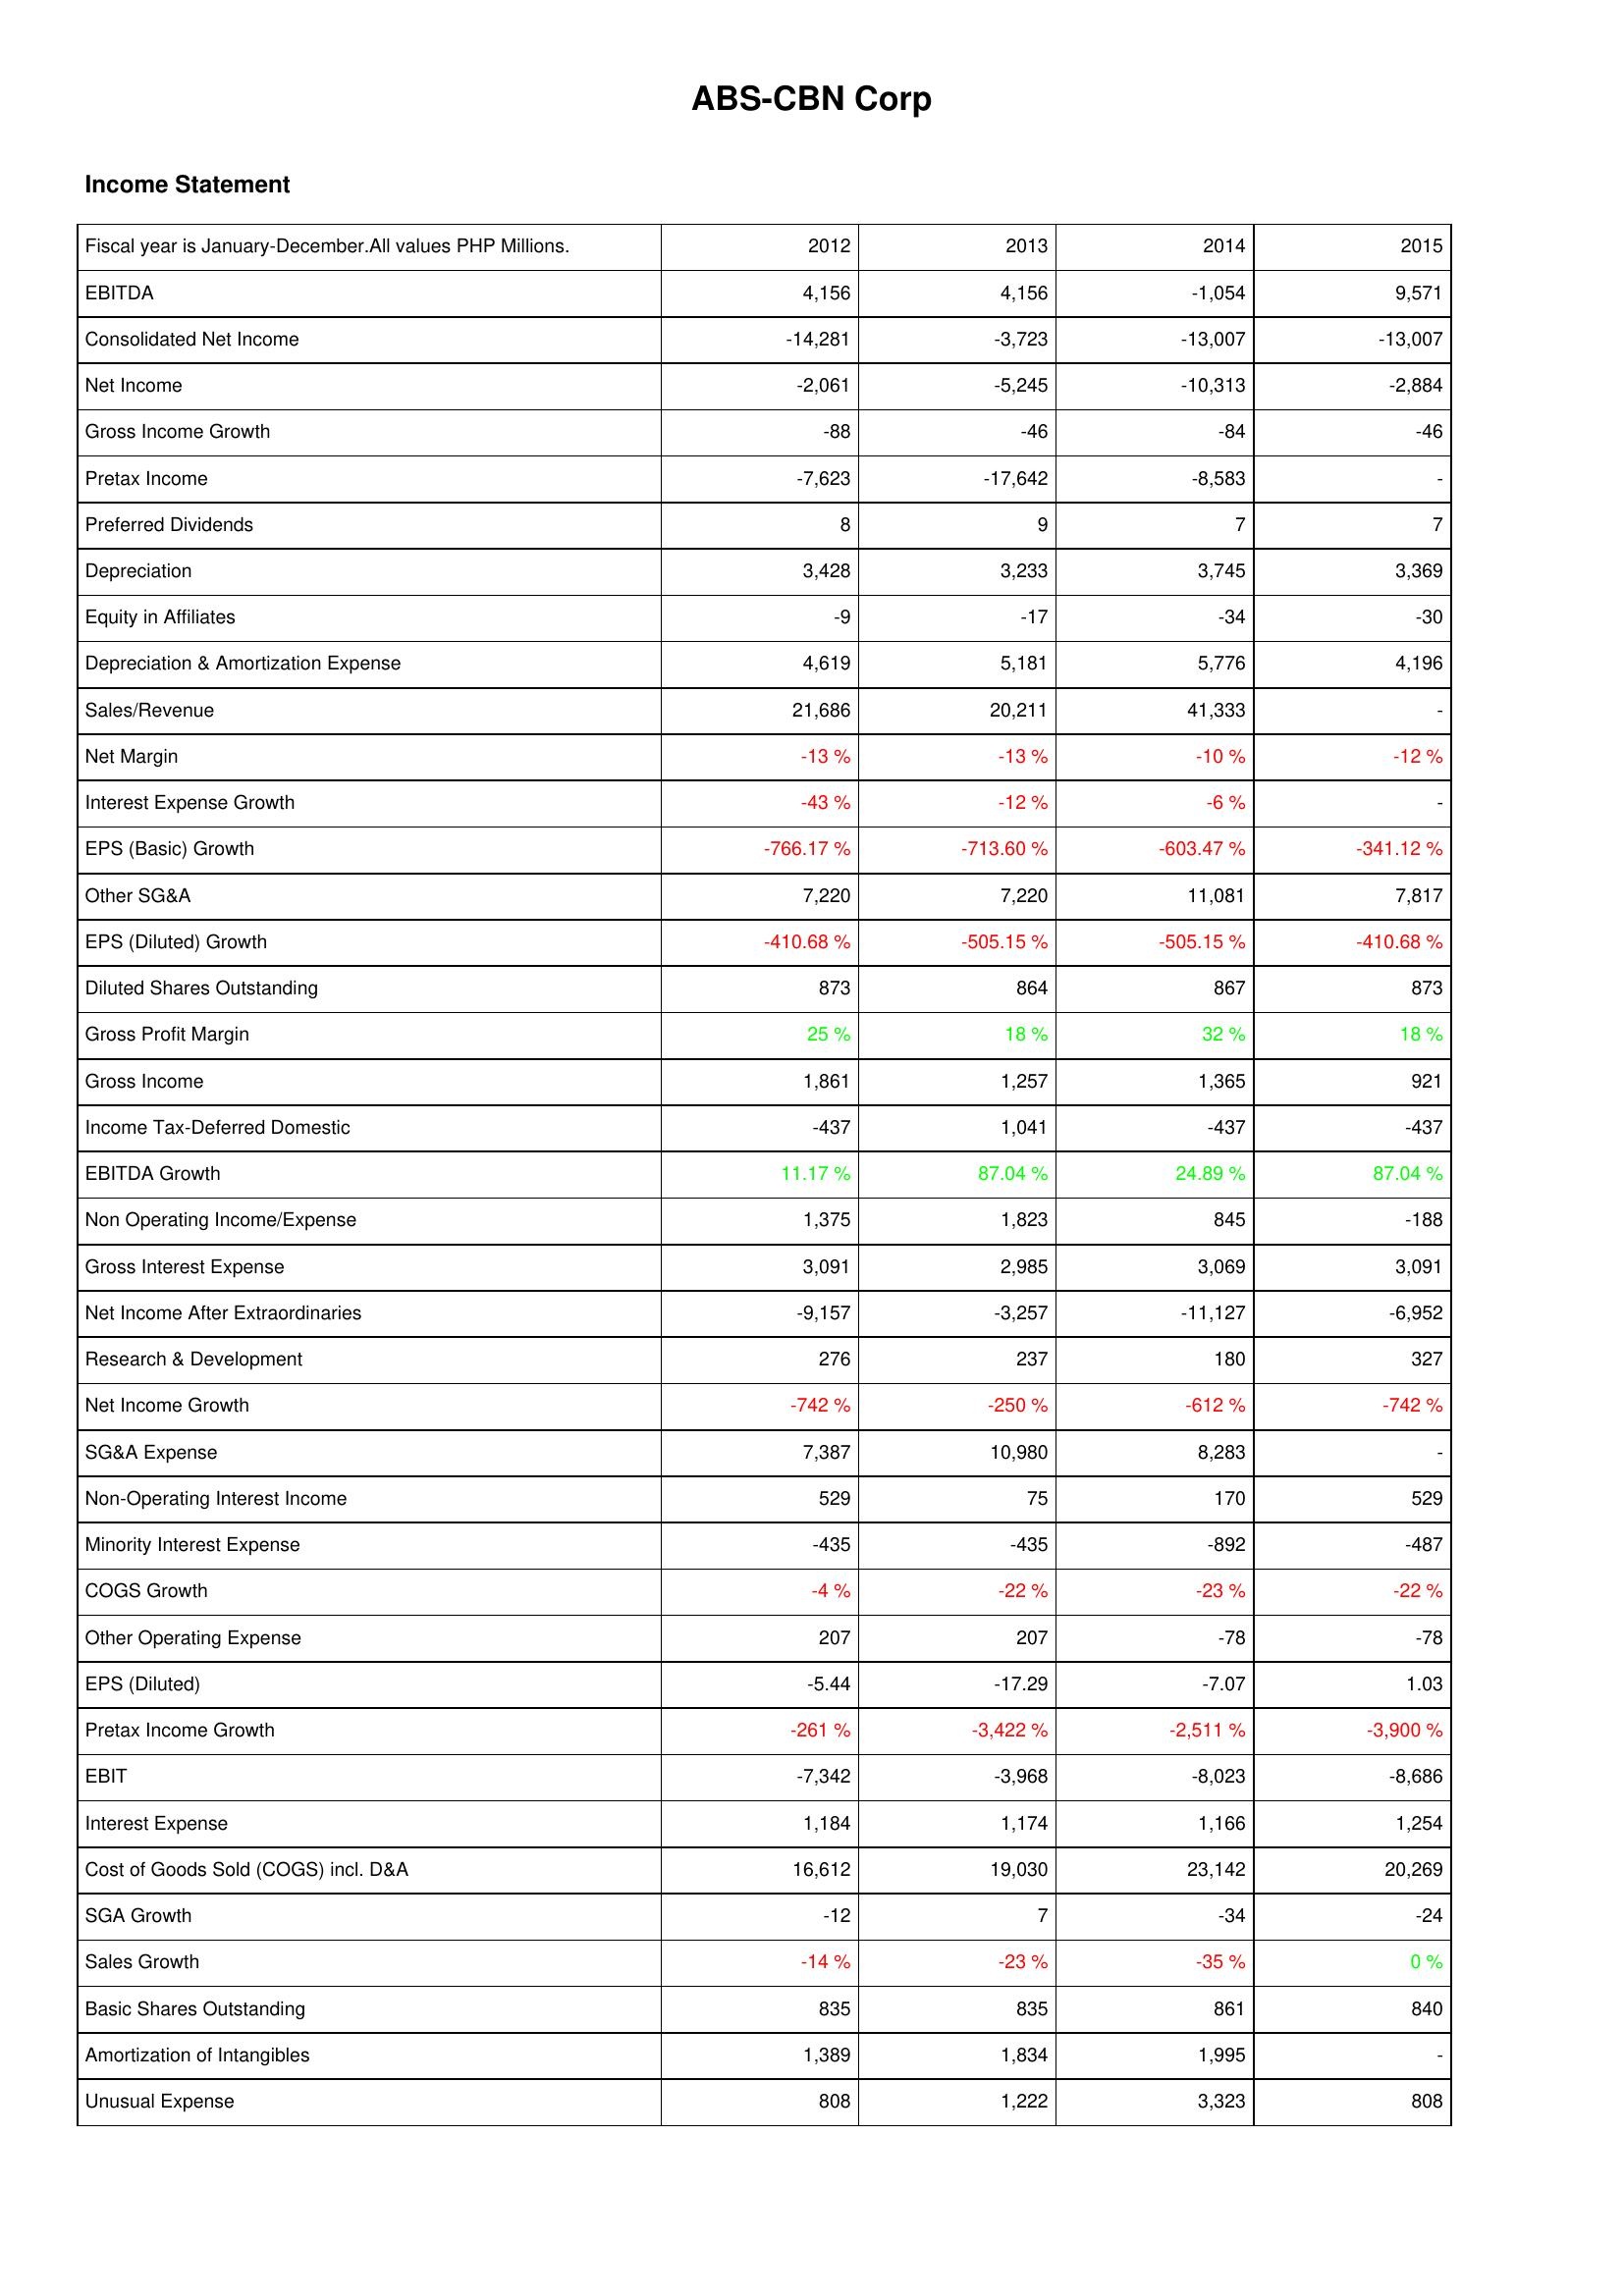
2012: Income Statement: EBITDA: 4,156
Consolidated Net Income: -14,281
Net Income: -2,061
Gross Income Growth: -88
Pretax Income: -7,623
Preferred Dividends: 8
Depreciation: 3,428
Equity in Affiliates: -9
Depreciation & Amortization Expense: 4,619
Sales/Revenue: 21,686
Net Margin: -13 %
Interest Expense Growth: -43 %
EPS (Basic) Growth: -766.17 %
Other SG&A: 7,220
EPS (Diluted) Growth: -410.68 %
Diluted Shares Outstanding: 873
Gross Profit Margin: 25 %
Gross Income: 1,861
Income Tax-Deferred Domestic: -437
EBITDA Growth: 11.17 %
Non Operating Income/Expense: 1,375
Gross Interest Expense: 3,091
Net Income After Extraordinaries: -9,157
Research & Development: 276
Net Income Growth: -742 %
SG&A Expense: 7,387
Non-Operating Interest Income: 529
Minority Interest Expense: -435
COGS Growth: -4 %
Other Operating Expense: 207
EPS (Diluted): -5.44
Pretax Income Growth: -261 %
EBIT: -7,342
Interest Expense: 1,184
Cost of Goods Sold (COGS) incl. D&A: 16,612
SGA Growth: -12
Sales Growth: -14 %
Basic Shares Outstanding: 835
Amortization of Intangibles: 1,389
Unusual Expense: 808
2013: Income Statement: EBITDA: 4,156
Consolidated Net Income: -3,723
Net Income: -5,245
Gross Income Growth: -46
Pretax Income: -17,642
Preferred Dividends: 9
Depreciation: 3,233
Equity in Affiliates: -17
Depreciation & Amortization Expense: 5,181
Sales/Revenue: 20,211
Net Margin: -13 %
Interest Expense Growth: -12 %
EPS (Basic) Growth: -713.60 %
Other SG&A: 7,220
EPS (Diluted) Growth: -505.15 %
Diluted Shares Outstanding: 864
Gross Profit Margin: 18 %
Gross Income: 1,257
Income Tax-Deferred Domestic: 1,041
EBITDA Growth: 87.04 %
Non Operating Income/Expense: 1,823
Gross Interest Expense: 2,985
Net Income After Extraordinaries: -3,257
Research & Development: 237
Net Income Growth: -250 %
SG&A Expense: 10,980
Non-Operating Interest Income: 75
Minority Interest Expense: -435
COGS Growth: -22 %
Other Operating Expense: 207
EPS (Diluted): -17.29
Pretax Income Growth: -3,422 %
EBIT: -3,968
Interest Expense: 1,174
Cost of Goods Sold (COGS) incl. D&A: 19,030
SGA Growth: 7
Sales Growth: -23 %
Basic Shares Outstanding: 835
Amortization of Intangibles: 1,834
Unusual Expense: 1,222
2014: Income Statement: EBITDA: -1,054
Consolidated Net Income: -13,007
Net Income: -10,313
Gross Income Growth: -84
Pretax Income: -8,583
Preferred Dividends: 7
Depreciation: 3,745
Equity in Affiliates: -34
Depreciation & Amortization Expense: 5,776
Sales/Revenue: 41,333
Net Margin: -10 %
Interest Expense Growth: -6 %
EPS (Basic) Growth: -603.47 %
Other SG&A: 11,081
EPS (Diluted) Growth: -505.15 %
Diluted Shares Outstanding: 867
Gross Profit Margin: 32 %
Gross Income: 1,365
Income Tax-Deferred Domestic: -437
EBITDA Growth: 24.89 %
Non Operating Income/Expense: 845
Gross Interest Expense: 3,069
Net Income After Extraordinaries: -11,127
Research & Development: 180
Net Income Growth: -612 %
SG&A Expense: 8,283
Non-Operating Interest Income: 170
Minority Interest Expense: -892
COGS Growth: -23 %
Other Operating Expense: -78
EPS (Diluted): -7.07
Pretax Income Growth: -2,511 %
EBIT: -8,023
Interest Expense: 1,166
Cost of Goods Sold (COGS) incl. D&A: 23,142
SGA Growth: -34
Sales Growth: -35 %
Basic Shares Outstanding: 861
Amortization of Intangibles: 1,995
Unusual Expense: 3,323
2015: Income Statement: EBITDA: 9,571
Consolidated Net Income: -13,007
Net Income: -2,884
Gross Income Growth: -46
Pretax Income: -
Preferred Dividends: 7
Depreciation: 3,369
Equity in Affiliates: -30
Depreciation & Amortization Expense: 4,196
Sales/Revenue: -
Net Margin: -12 %
Interest Expense Growth: -
EPS (Basic) Growth: -341.12 %
Other SG&A: 7,817
EPS (Diluted) Growth: -410.68 %
Diluted Shares Outstanding: 873
Gross Profit Margin: 18 %
Gross Income: 921
Income Tax-Deferred Domestic: -437
EBITDA Growth: 87.04 %
Non Operating Income/Expense: -188
Gross Interest Expense: 3,091
Net Income After Extraordinaries: -6,952
Research & Development: 327
Net Income Growth: -742 %
SG&A Expense: -
Non-Operating Interest Income: 529
Minority Interest Expense: -487
COGS Growth: -22 %
Other Operating Expense: -78
EPS (Diluted): 1.03
Pretax Income Growth: -3,900 %
EBIT: -8,686
Interest Expense: 1,254
Cost of Goods Sold (COGS) incl. D&A: 20,269
SGA Growth: -24
Sales Growth: 0 %
Basic Shares Outstanding: 840
Amortization of Intangibles: -
Unusual Expense: 808